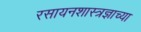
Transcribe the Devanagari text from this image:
रसायनशास्त्रज्ञाच्या